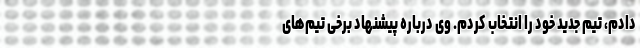
دادم، تیم جدید خود را انتخاب کردم. وی درباره پیشنهاد برخی تیم‌های